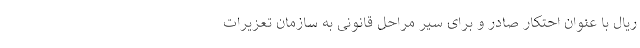
ریال با عنوان احتکار صادر و برای سیر مراحل قانونی به سازمان تعزیرات